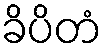
ခိပိတံ